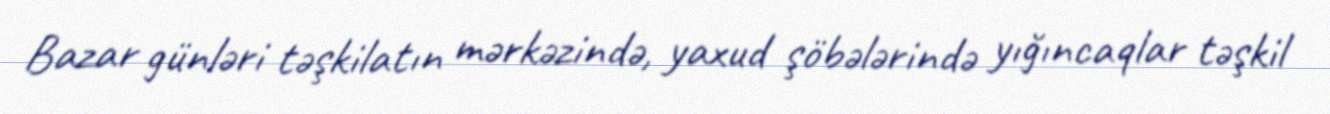
Bazar günləri təşkilatın mərkəzində, yaxud şöbələrində yığıncaqlar təşkil